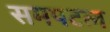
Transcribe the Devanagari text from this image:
समपटल